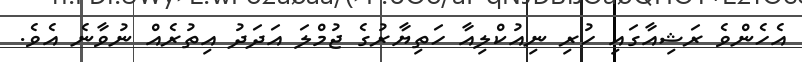
އެހެންވެ ރަޝިއާގައި ހުރި ނިއުކްލިއާ ހަތިޔާރުގެ ޖުމްލަ އަދަދު އިތުރެއް ނުވާނެ އެވެ.